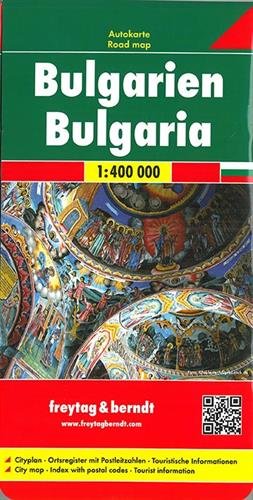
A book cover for Bulgaria 1:400,000 road map FB (Road Maps) (English and German Edition); Freytag & Berndt; Travel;